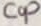
Text: Cop